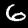
Label: 6